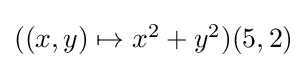
{\textstyle ((x,y)\mapsto x^{2}+y^{2})(5,2)}